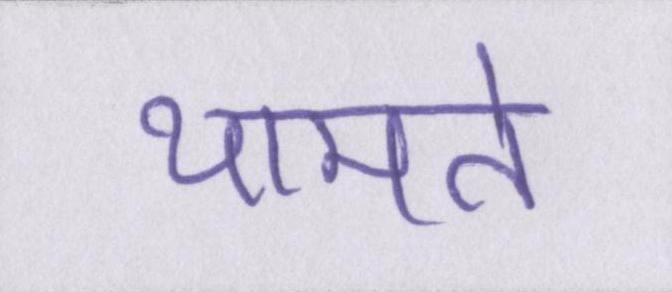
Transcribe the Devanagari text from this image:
थामते